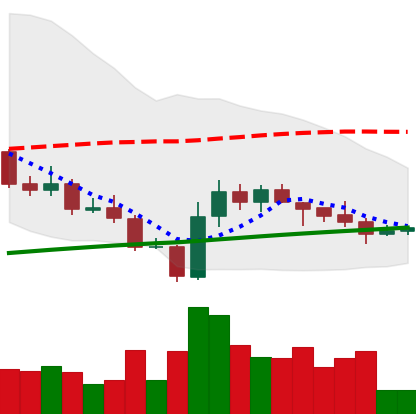
Ticker: LINK-USD
Chart end date: 2020-10-04
Forward return: 10.016%
Label: up_7plus